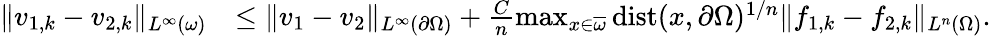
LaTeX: \begin{array}{rl}{\| v_{1,k}-v_{2,k}\| _{L^{\infty}(\omega)}}&{\leq\| v_{1}-v_{2}\| _{L^{\infty}(\partial\Omega)}+\frac{C}{n}\operatorname*{max}_{x\in\overline{{\omega}}}\mathrm{dist}(x,\partial\Omega)^{1/n}\| f_{1,k}-f_{2,k}\| _{L^{n}(\Omega)}.}\end{array}